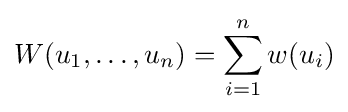
W(u_{1},\dots ,u_{n})=\sum _{i=1}^{n}w(u_{i})